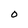
Character: 0